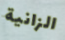
الزانية